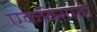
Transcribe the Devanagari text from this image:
एकविसावी